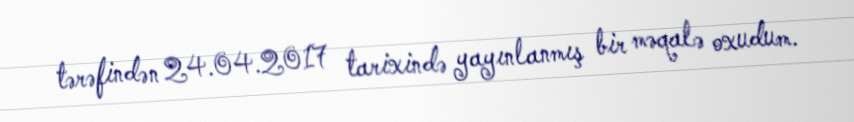
tərəfindən 24.04.2017 tarixində yayınlanmış bir məqalə oxudum.